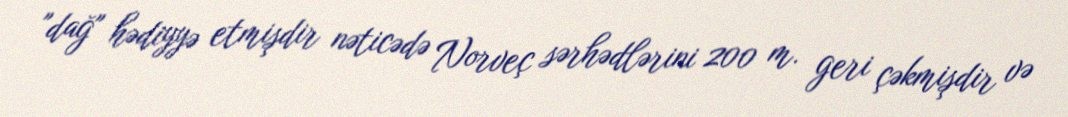
"dağ" hədiyyə etmişdir nəticədə Norveç sərhədlərini 200 m. geri çəkmişdir və